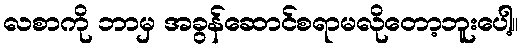
လစာကို ဘာမှ အခွန်ဆောင်စရာမလိုတော့ဘူးပေါ့။